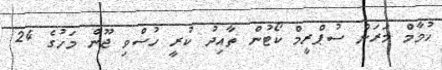
ހުމާމް މަރަން ސުޕްރީމް ކޯޓުން ތާއިދު ކުރީ ހުސްވި ޖޫން މަހުގެ 24